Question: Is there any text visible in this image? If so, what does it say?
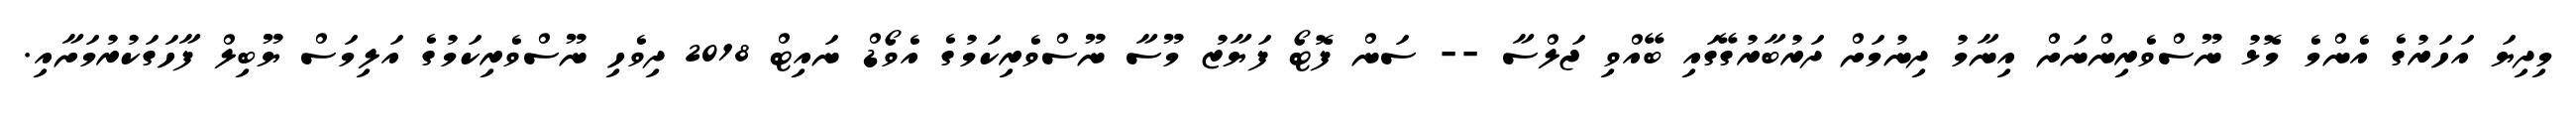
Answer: މިދިޔަ އަހަރުގެ އެންމެ މޮޅު ނޫސްވެރިންނަށް އިނާމު ދިނުމަށް ދަރުބާރުގޭގައި ބޭއްވި ޖަލްސާ -- ސަން ފޮޓޯ ފަޔާޒު މޫސާ ނޫސްވެރިކަމުގެ އެވޯޑް ނައިޓް 2018 ދިވެހި ނޫސްވެރިކަމުގެ އަލިމަސް ޔޫބިލް ފާހަގަކުރުމަށާއި.